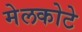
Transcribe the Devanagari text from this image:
मेलकोटे